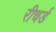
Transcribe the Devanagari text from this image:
रीचर्ड